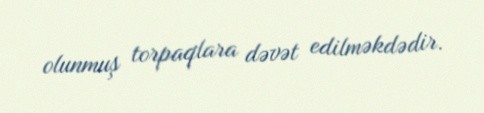
olunmuş torpaqlara dəvət edilməkdədir.